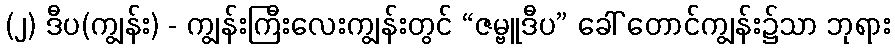
(၂) ဒီပ(ကျွန်း) - ကျွန်းကြီးလေးကျွန်းတွင် “ဇမ္ဗူဒီပ” ခေါ် တောင်ကျွန်း၌သာ ဘုရား